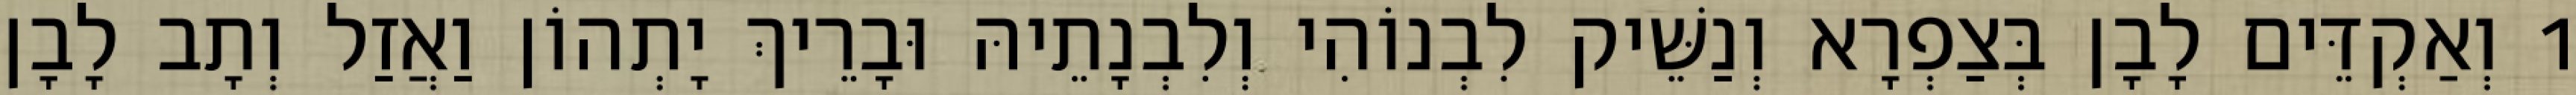
1 וְאַקְדֵּים לָבָן בְּצַפְרָא וְנַשֵּׁיק לִבְנוֹהִי וְלִבְנָתֵיהּ וּבָרֵיךְ יָתְהוֹן וַאֲזַל וְתָב לָבָן